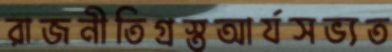
রাজনীতিগ্রস্তআর্যসভ্যত